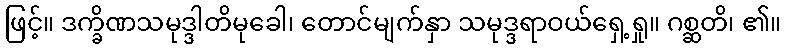
ဖြင့်။ ဒက္ခိဏသမုဒ္ဒါတိမုခေါ၊ တောင်မျက်နှာ သမုဒ္ဒရာဝယ်ရှေ့ရှု။ ဂစ္ဆတိ၊ ၏။